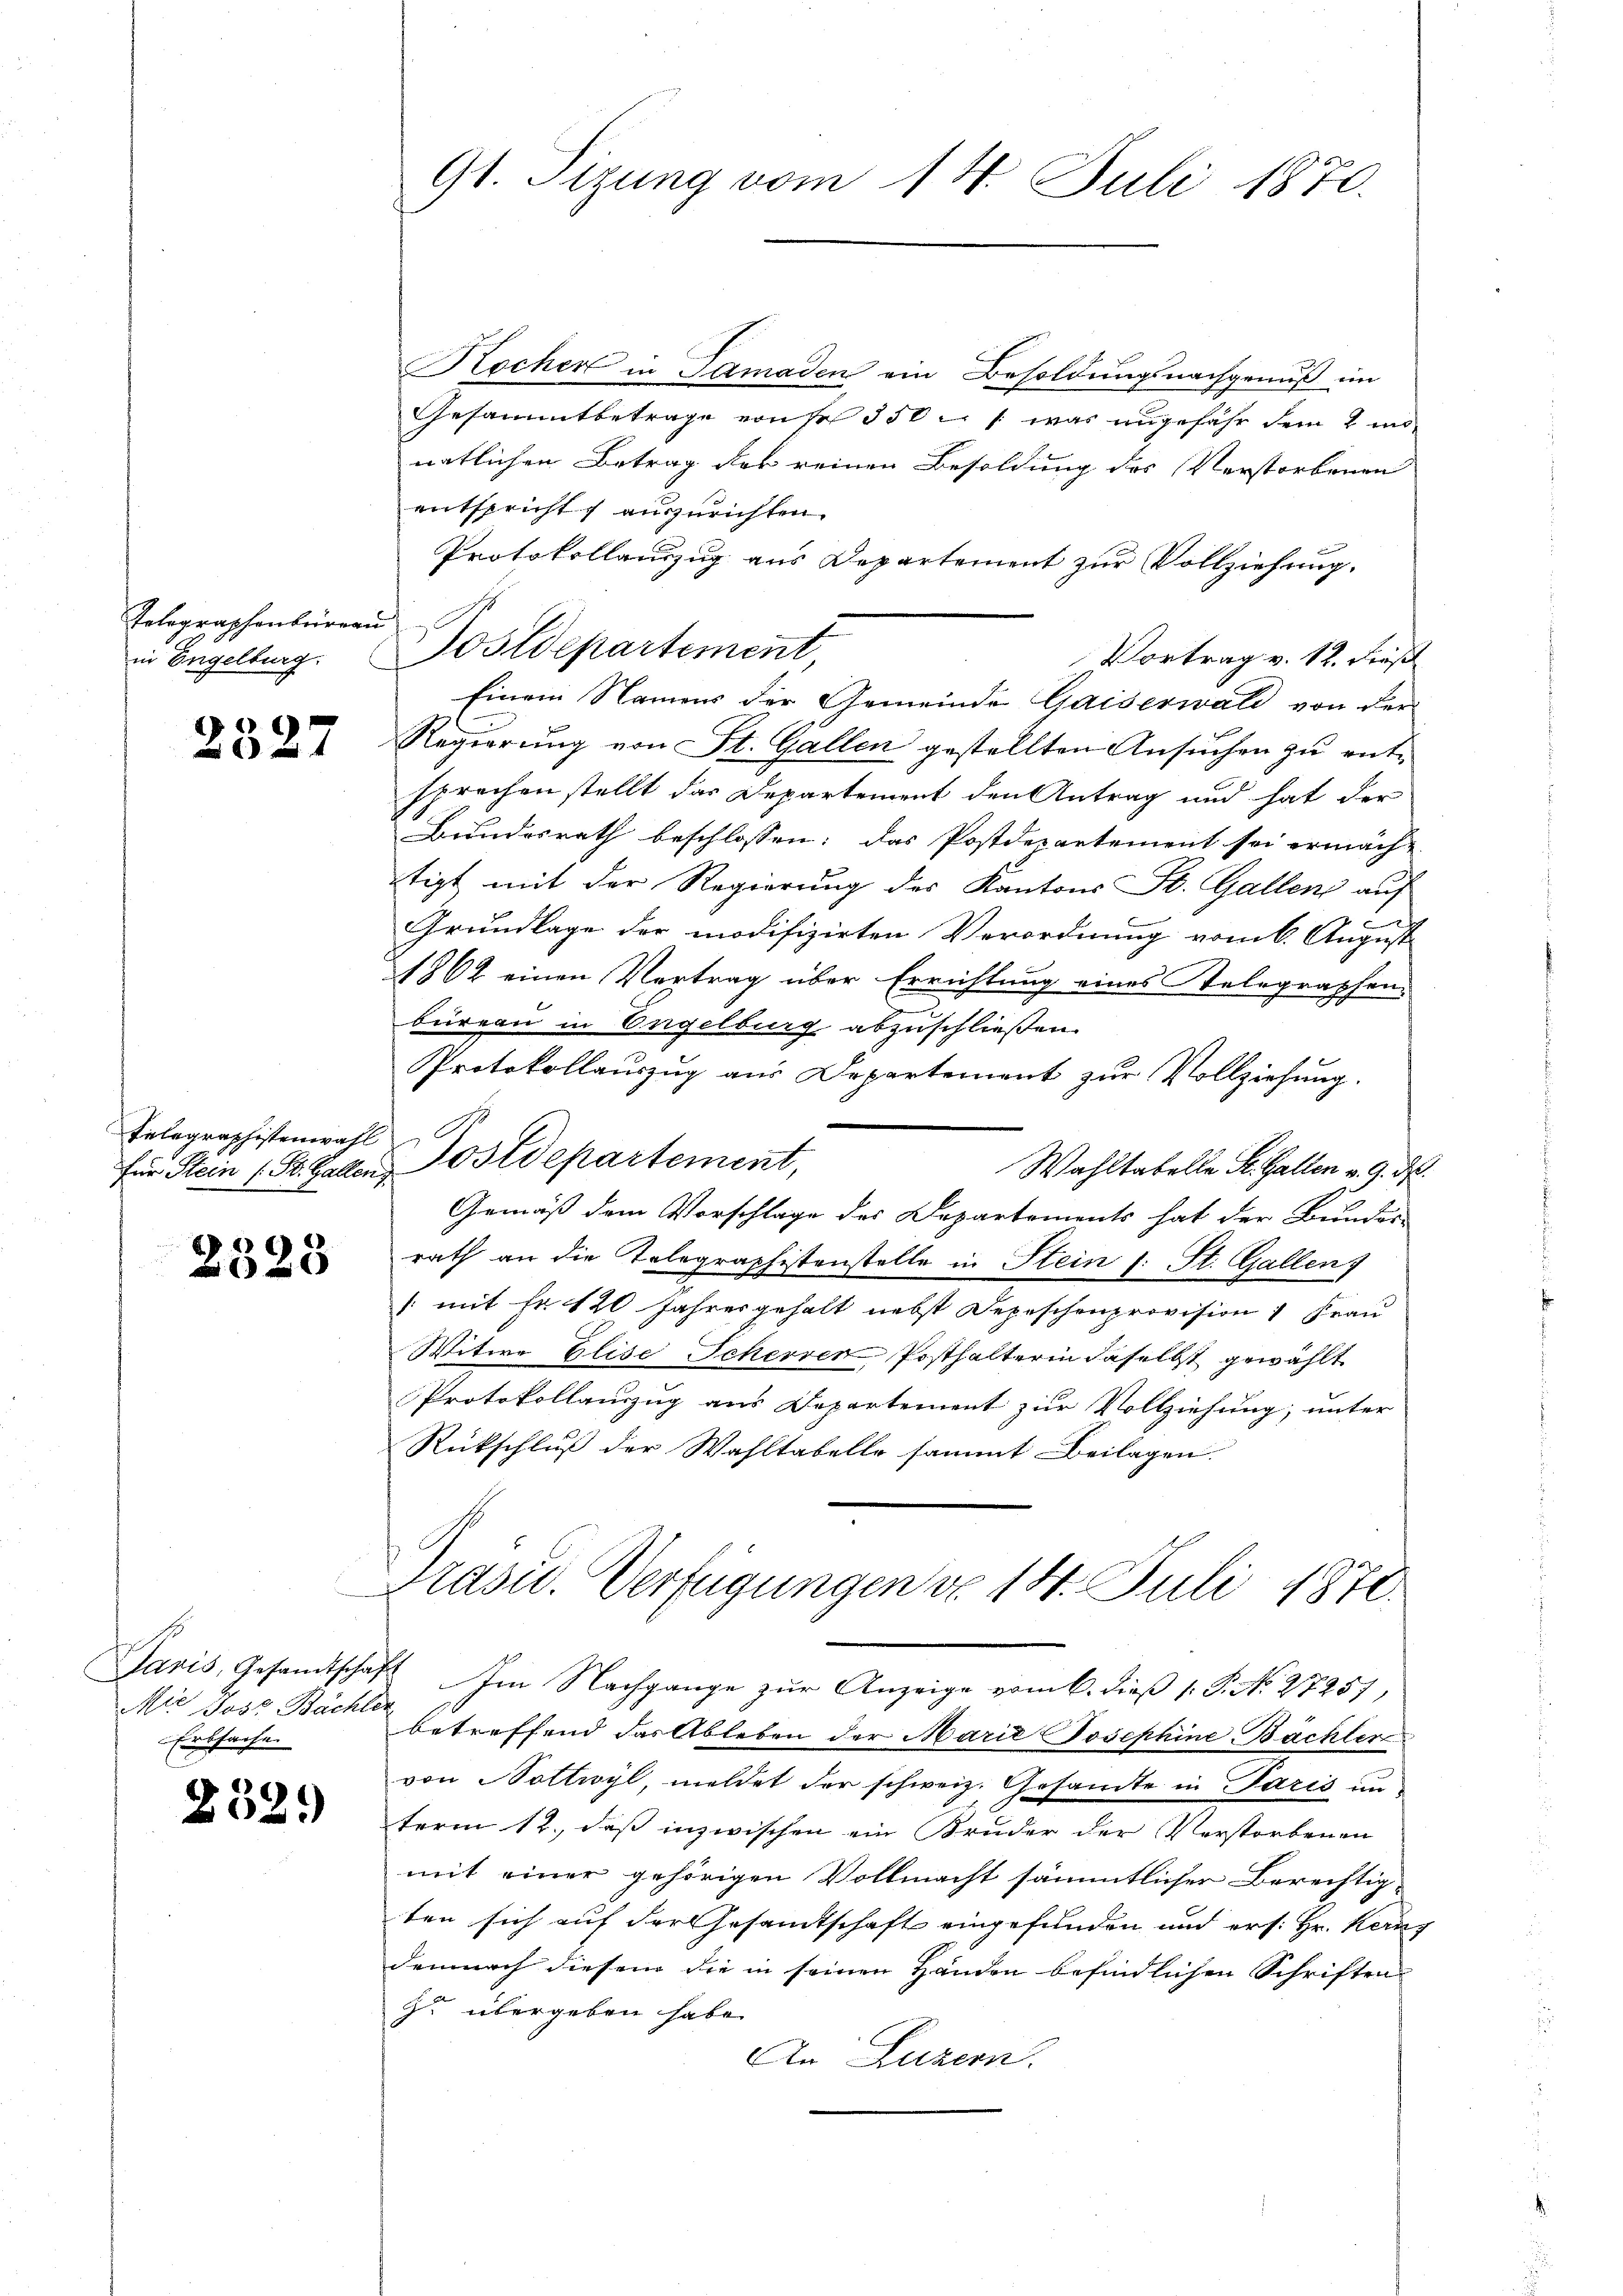
Telegraphenburgau
in Engelburg.

2327

Telegraphistenwahl

2528

Mie Jose Bächler
Erbsachen

2329)

91. Sizung vom 14. Juli 1870.

Kocher in Samaden ein Besoldungsnachgenuß im
Gesammtbetrage von sr 350 /: was ungefähr dem 2 monatlichen Betrag der reinen Besoldung des Verstorbenen
entspricht auszurichten.
Protokollauszug aus Departement zur Vollziehung.
Vortrag v. 12. dieß
Einem Namens der Gemeinde Gaiserwald von der
Regierung von St. Gallen gestellten Ansuchen zu entsprechen stellt das Departement den Antrag und hat der
Bundesrath beschlossen: das Postdepartement sei ermächt
tigt mit der Regierung des Kantons St. Gallen auf
Grundlage der modifizirten Verordnung vom 6. August
1862 einen Vertrag über Errichtung eines Telegraphen-
büreau in Ongelburg abzuschließen.
Protokollauszug aus Departement zur Vollziehung.
für Stein (St. Gallen Postdepartement,
Wahltabelle St. Gallen v. 9. d.
Gemäß dem Vorschlage des Departements hat der Bundes-
rath an die Telegraphistenstelle in Flein (: St. Gallen
[mit Fr. 120 Jahresgehalt nebst Depeschenprovision 1 Frau
Witwe Elise Schever Posthalterin daselbst gewählt
Protokollauszug aus Departement zur Vollziehung, unter
Rückschluß der Wahltabelle sammt Beilagen.
Prasid. Verfügungen d. 14. Juli 1870.

Postdepartement,

Jaris, Gesandtschaft Im Nachgange zŭr Anzeige vom 6. dieβ 1. P. N. 27257,
betreffend das Ableben der Maria Josephine Bächter
von Vottwyl, meldet der schweiz. Gesandte in Paris un
term 12., daß inzwischen ein Bruder der Verstorbenen
mit einer gehörigen Vollmacht sämmtlicher Berechtig-
ten sich auf der Gesandtschaft eingefunden und ers: Hr. Kern
demnach diesem die in seinen Händen befindlichen Schriften
z übergeben habe.
An Luzern.